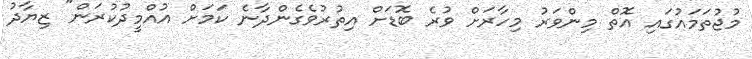
މުޖުތަމައުގައި އޮތް މިންވަރު މިހާރަށް ވުރެ ބޮޑަށް އިތުރުވެގެންދާނެ ކަމަށް އުއްމީދުކުރަން" ޒިޔާދު